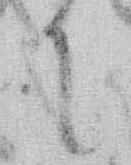
に